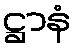
ဋ္ဌာနံ